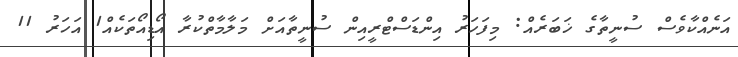
އަނެއްކާވެސް ސުނީތާގެ ޚަބަރެއް: މިފަހަރު އިންޑަސްޓްރީއިން ސުނީތާއަށް މަލާމާތްކުރާ އޯޑިއޯތަކެއް1 އަހަރު 11